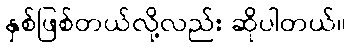
နှစ်ဖြစ်တယ်လို့လည်း ဆိုပါတယ်။